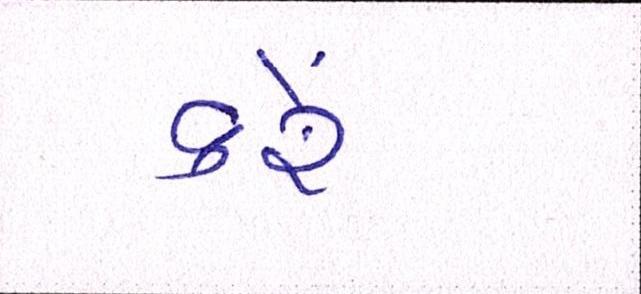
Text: કરેં